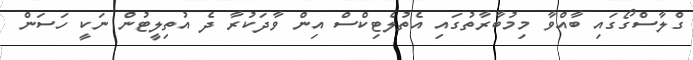
ގްލާސްގޯގައި ބާއްވާ މިމުބާރާތުގައި އެތުލެޓިކްސް އިން ވާދަކުރާ ދެ އުތިލީޓުން ނަކީ ހަސަން